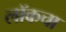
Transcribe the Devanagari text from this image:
लॉकचा